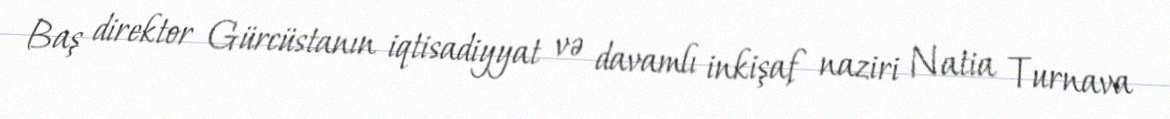
Baş direktor Gürcüstanın iqtisadiyyat və davamlı inkişaf naziri Natia Turnava